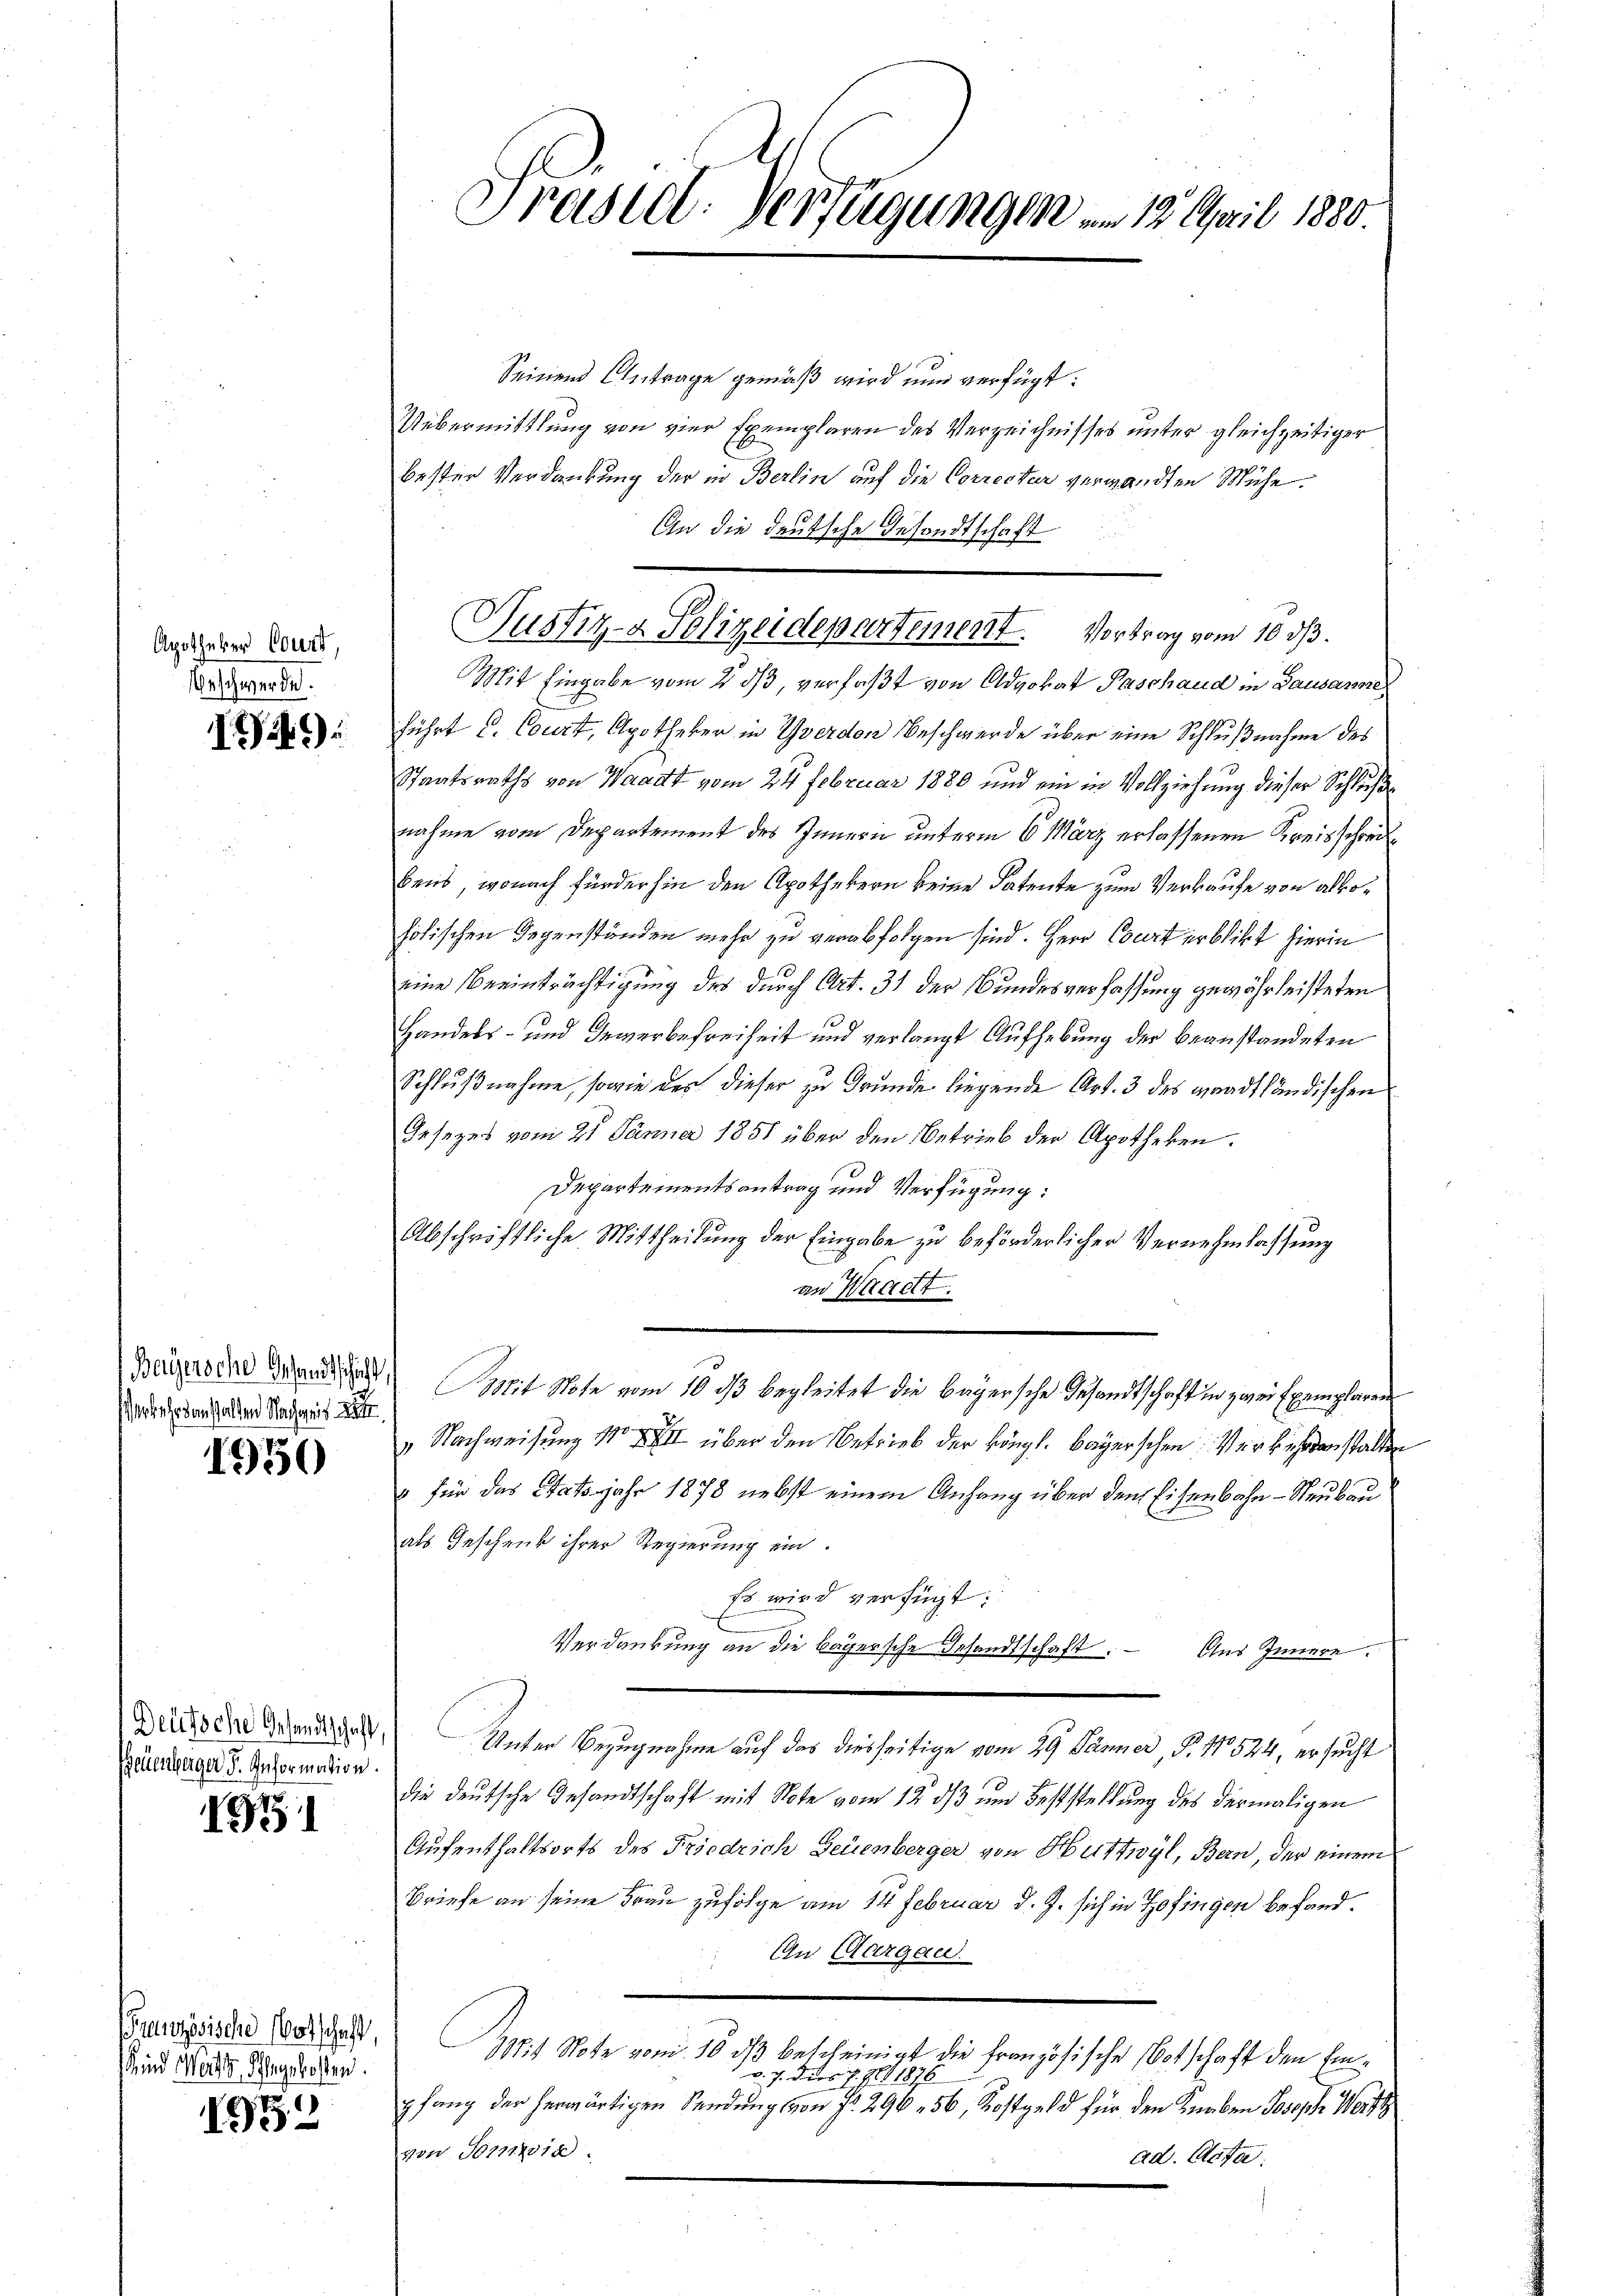
Apotheker Court,
Geschwerde.

I)

heden sollen Nachges.

1950

Deutsche Gesandtschaft,
Peuenberger F. Information.

1951

ranzösische Botschaft,
 und Mart. Schlagskosten.

1952

Präsiel. Verfügungen . 12. April 1880.

Seinen Antrage gemäß wird nun verfügt:
Uebermittlung von vier Exemplaren des Verzeichnisses unter gleichzeitiger
bester Verdankung der in Berlin auf die Correctur verwandten Mühe
An die deutsche Gesandtschaft
Mit Eingabe vom 2. ds, verfaßt von Advokat Paschaud in Lausanne
führt u. Court, Apotheker in Yverdon Beschwerde über eine Schlußnahme des
Staatsraths von Waadt vom 24. Februar 1880 und ein in Vollziehung dieser Schluße
nahme vom Departement des Innern unterm 6. März erlassenen Kreisschreit
bens, wonach fürderhin den Apothekern keine Patente zum Verkaufe von alkoholischen Gegenständen mehr zu verabfolgen sind. Herr Court erblickt hierin
eine Beeinträchtigung des durch Art. 31 der Bundesverfassung gewährleisteten
Handels- und Gewerbefreiheit und verlangt Aufhebung der beanstandeten
Schlußnahme, sowie der dieser zu Grunde liegende Art. 3 des gradtländischen
Gesezes vom 21 Jänner 1851 über den Betrieb der Apotheken.
Departementsantrag und Verfügung:
Abschriftliche Mittheilung der Eingabe zu beförderlicher Vernehmlassung
an Wacht.
Baÿersche Grund hat. Mit Note vom 10. ds begleitet die bayersche Gesandtschaft in zwei Exemplaren
". Nachweisung No XXII über den Betrieb der köngl. Bayerschen Verkehrenstalten
" für das Statsjahr 1878 nebst einem Anfang über den Eisenbahn-Neubau
als Geschenk ihrer Regierung ein.
Es wird verfügt:
Verdankung an die bayersche Gesandtschaft. Aus Innere
Unter Bezugnahme auf das diesseitige vom 29 Jänner, P. Nr. 524, ersucht
die deutsche Gesandtschaft mit Note vom 12. ds und Feststellung des dermaligen
Aufenthaltsorts des Friedrich Feuenberger von Huttwyl, Bern, der einem
Briefe an seine Frau zufolge am 14. Februar d. J. sich in Zofingen befand¬
An Aargau.
8:1 Note vom 16. ds bescheinigt die Französische Botschaft den Eind. 7. Dies J. J. 1876
pfang der herwärtigen Sendung von Fr. 296. 56, Kostgeld für den Knaben Josophe Verf
von Somnia
ad. Cotta.

Justiz- & Polizeidepartement. Vortrag vom 10. ds.